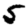
Digit: 5